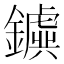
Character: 𨮗